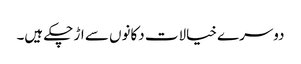
دوسرے خیالات دکانوں سے اڑ چکے ہیں۔